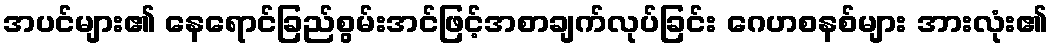
အပင်များ၏ နေရောင်ခြည်စွမ်းအင်ဖြင့်အစာချက်လုပ်ခြင်း ဂေဟစနစ်များ အားလုံး၏